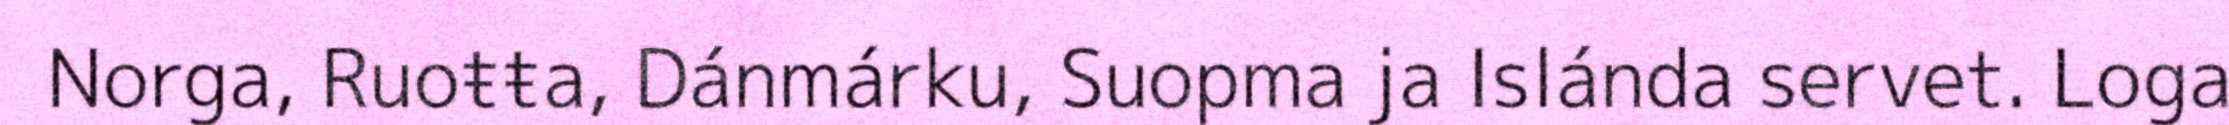
Norga, Ruoŧŧa, Dánmárku, Suopma ja Islánda servet. Loga